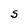
Character: S